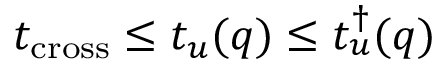
t _ { \mathrm { c r o s s } } \leq t _ { u } ( q ) \leq t _ { u } ^ { \dagger } ( q )